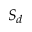
S _ { d }